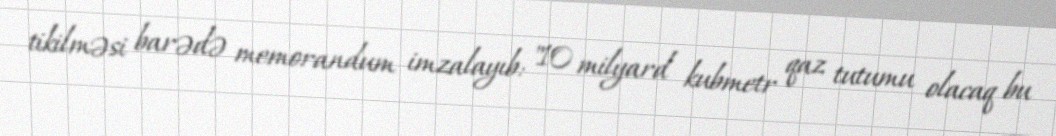
tikilməsi barədə memorandum imzalayıb: "10 milyard kubmetr qaz tutumu olacaq bu